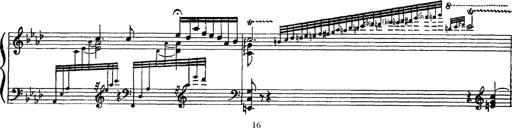
Title: 3 sonetti di Petrarca
Composer: Franz Liszt